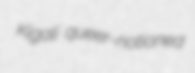
Kigali queer-notioned